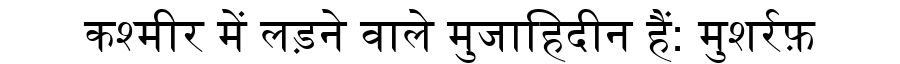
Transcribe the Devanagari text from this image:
कश्मीर में लड़ने वाले मुजाहिदीन हैं: मुशर्रफ़